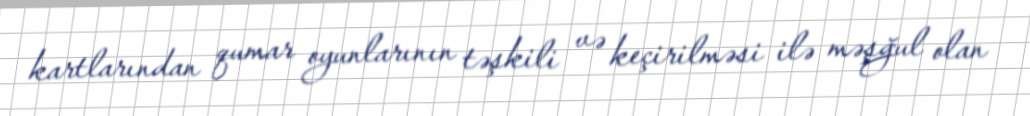
kartlarından qumar oyunlarının təşkili və keçirilməsi ilə məşğul olan